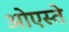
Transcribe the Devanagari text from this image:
ओएस्ते